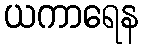
ယကာရေန